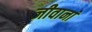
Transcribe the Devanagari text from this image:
जीवानां